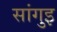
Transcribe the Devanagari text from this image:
सांगुइ